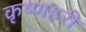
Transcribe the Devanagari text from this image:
कृष्णहरी